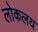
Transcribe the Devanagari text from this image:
लोकलय